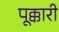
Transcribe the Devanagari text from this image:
पूक्कारी